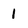
Character: 1